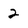
Character: 2